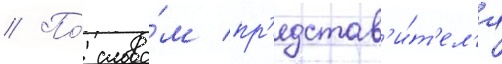
// По́ слова́м пр'едстав'и́т'ел'я